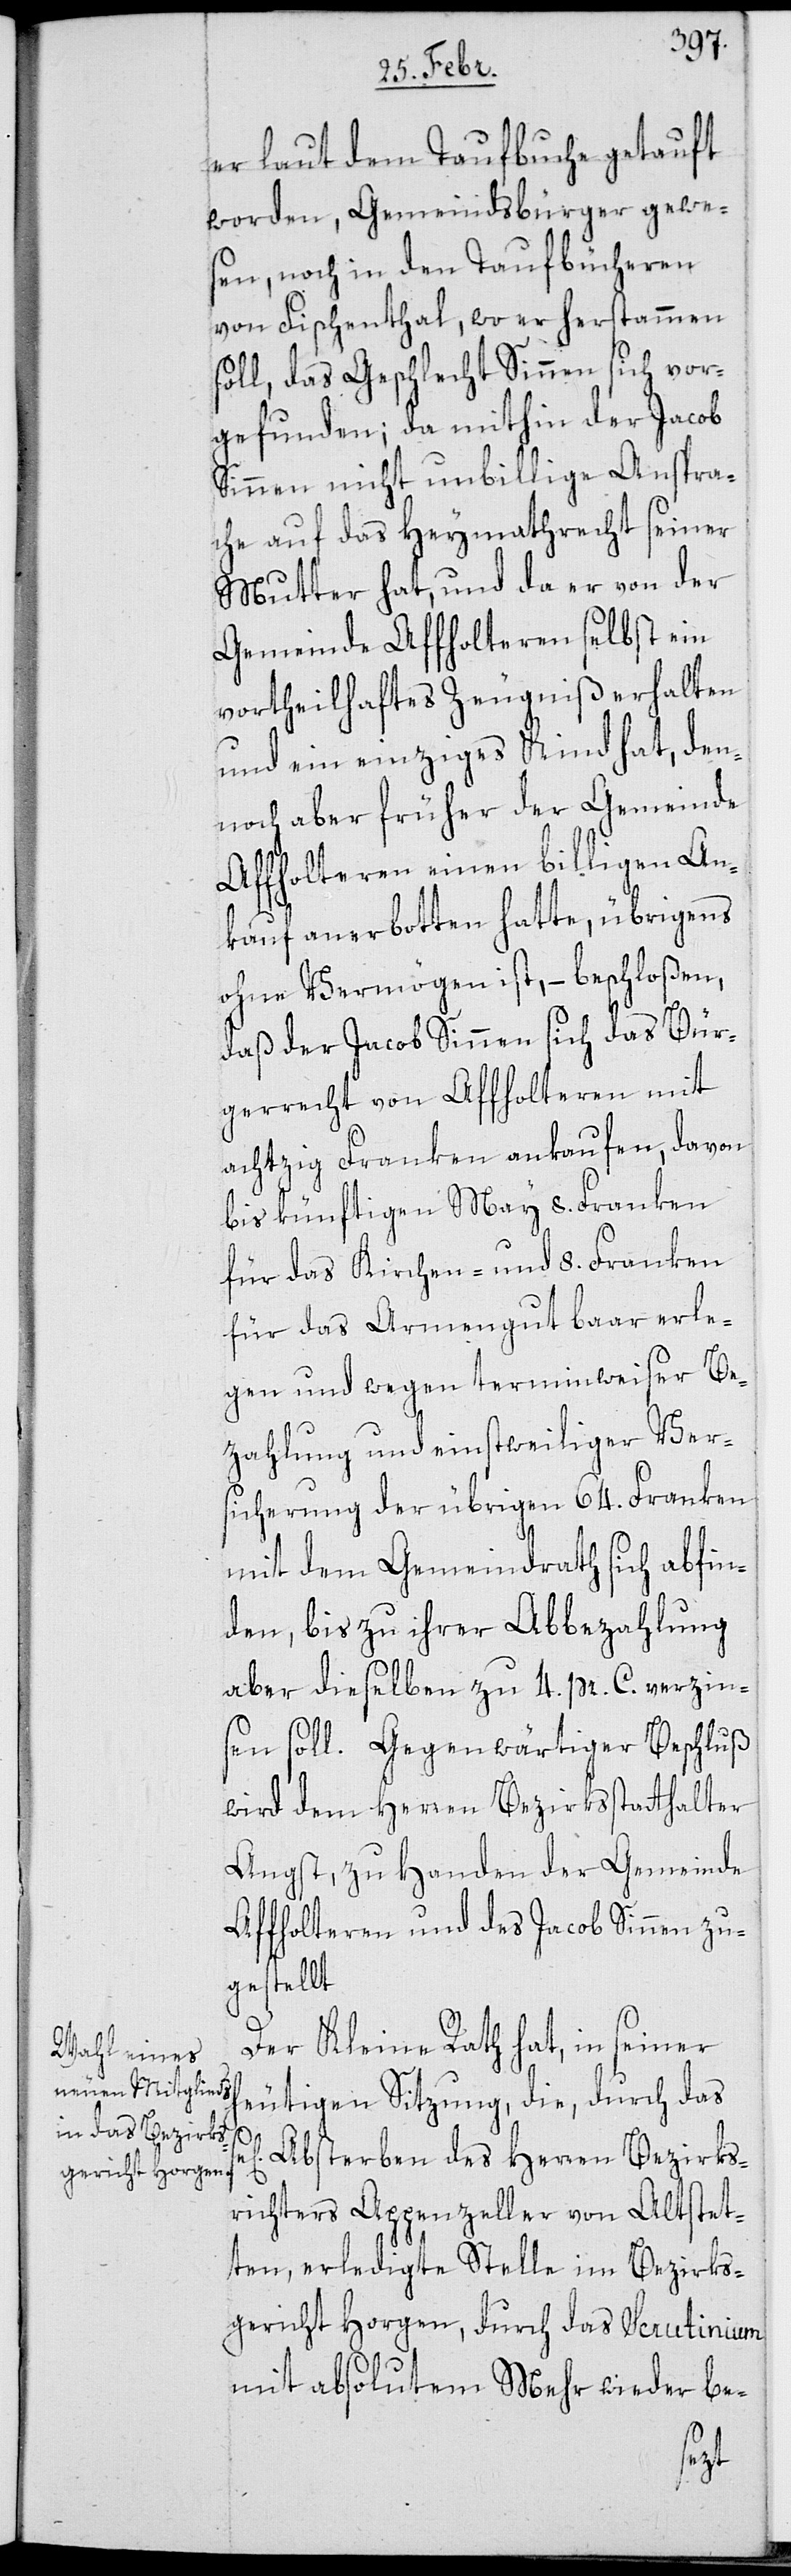
er laut dem Taufbuche getauft
worden, Gemeindsbürger gewe¬
sen, noch in den Taufbücheren
von Fischenthal, wo er herstammen
soll, das Geschlecht Sinnen sich vor¬
gefunden; da mithin der Jacob
Sinnen nicht unbillige Anspra¬
che auf das Heymathrecht seiner
Mutter hat, und da er von der
Gemeinde Affholteren selbst ein
vortheilhaftes Zeugniß erhalten
und ein einziges Kind hat, den¬
noch aber früher der Gemeinde
Affholteren einen billigen An¬
kauf anerbotten hatte, übrigens
ohne Vermögen ist, – beschloßen,
daß der Jacob Sinnen sich das Bür¬
gerrecht von Affholteren mit
achtzig Franken ankaufen, davon
bis künftigen May 8. Franken
für das Kirchen- und 8. Franken
für das Armengut baar erle¬
gen und wegen terminweiser Be¬
zahlung und einstweiliger Ver¬
sicherung der übrigen 64. Franken
mit dem Gemeindrath sich abfin¬
den, bis zu ihrer Abbezahlung
aber dieselben zu 4 pr. C. verzins¬
en soll. Gegenwärtiger Beschluß
wird dem Herren Bezirksstatthalter
Angst, zu Handen der Gemeinde
Affholteren und des Jacob Sinnen zu¬
gestellt.
Der Kleine Rath hat, in seiner
heutigen Sitzung, die, durch das
Absterben des Herren Bezirks¬
richters Appenzeller von Altstet¬
ten, erledigte Stelle im Bezirks¬
gericht Horgen, durch das Scrutinium
mit absolutem Mehr wieder be-